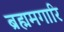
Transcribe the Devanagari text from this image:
ब्रह्ममगारि